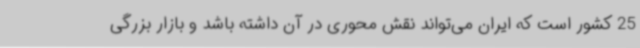
25 کشور است که ایران می‌تواند نقش محوری در آن داشته باشد و بازار بزرگی